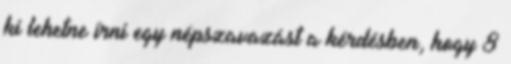
ki lehetne írni egy népszavazást a kérdésben, hogy 8